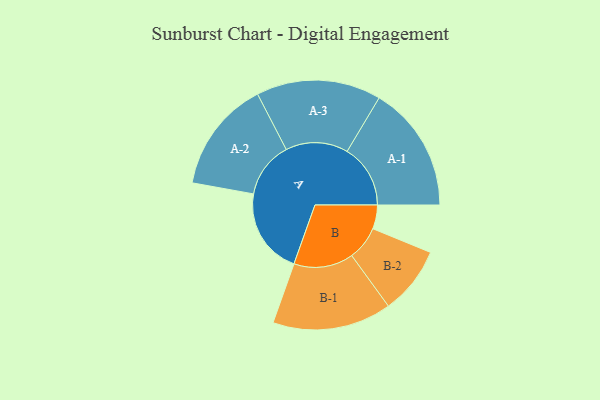
{"axis": {"x": "Segment", "y": "Value"}, "legend": ["", "A", "B"], "data": [{"x": "A", "y": 394, "type": ""}, {"x": "B", "y": 109, "type": ""}, {"x": "A-1", "y": 289, "type": "A"}, {"x": "A-2", "y": 256, "type": "A"}, {"x": "A-3", "y": 285, "type": "A"}, {"x": "B-1", "y": 272, "type": "B"}, {"x": "B-2", "y": 155, "type": "B"}]}